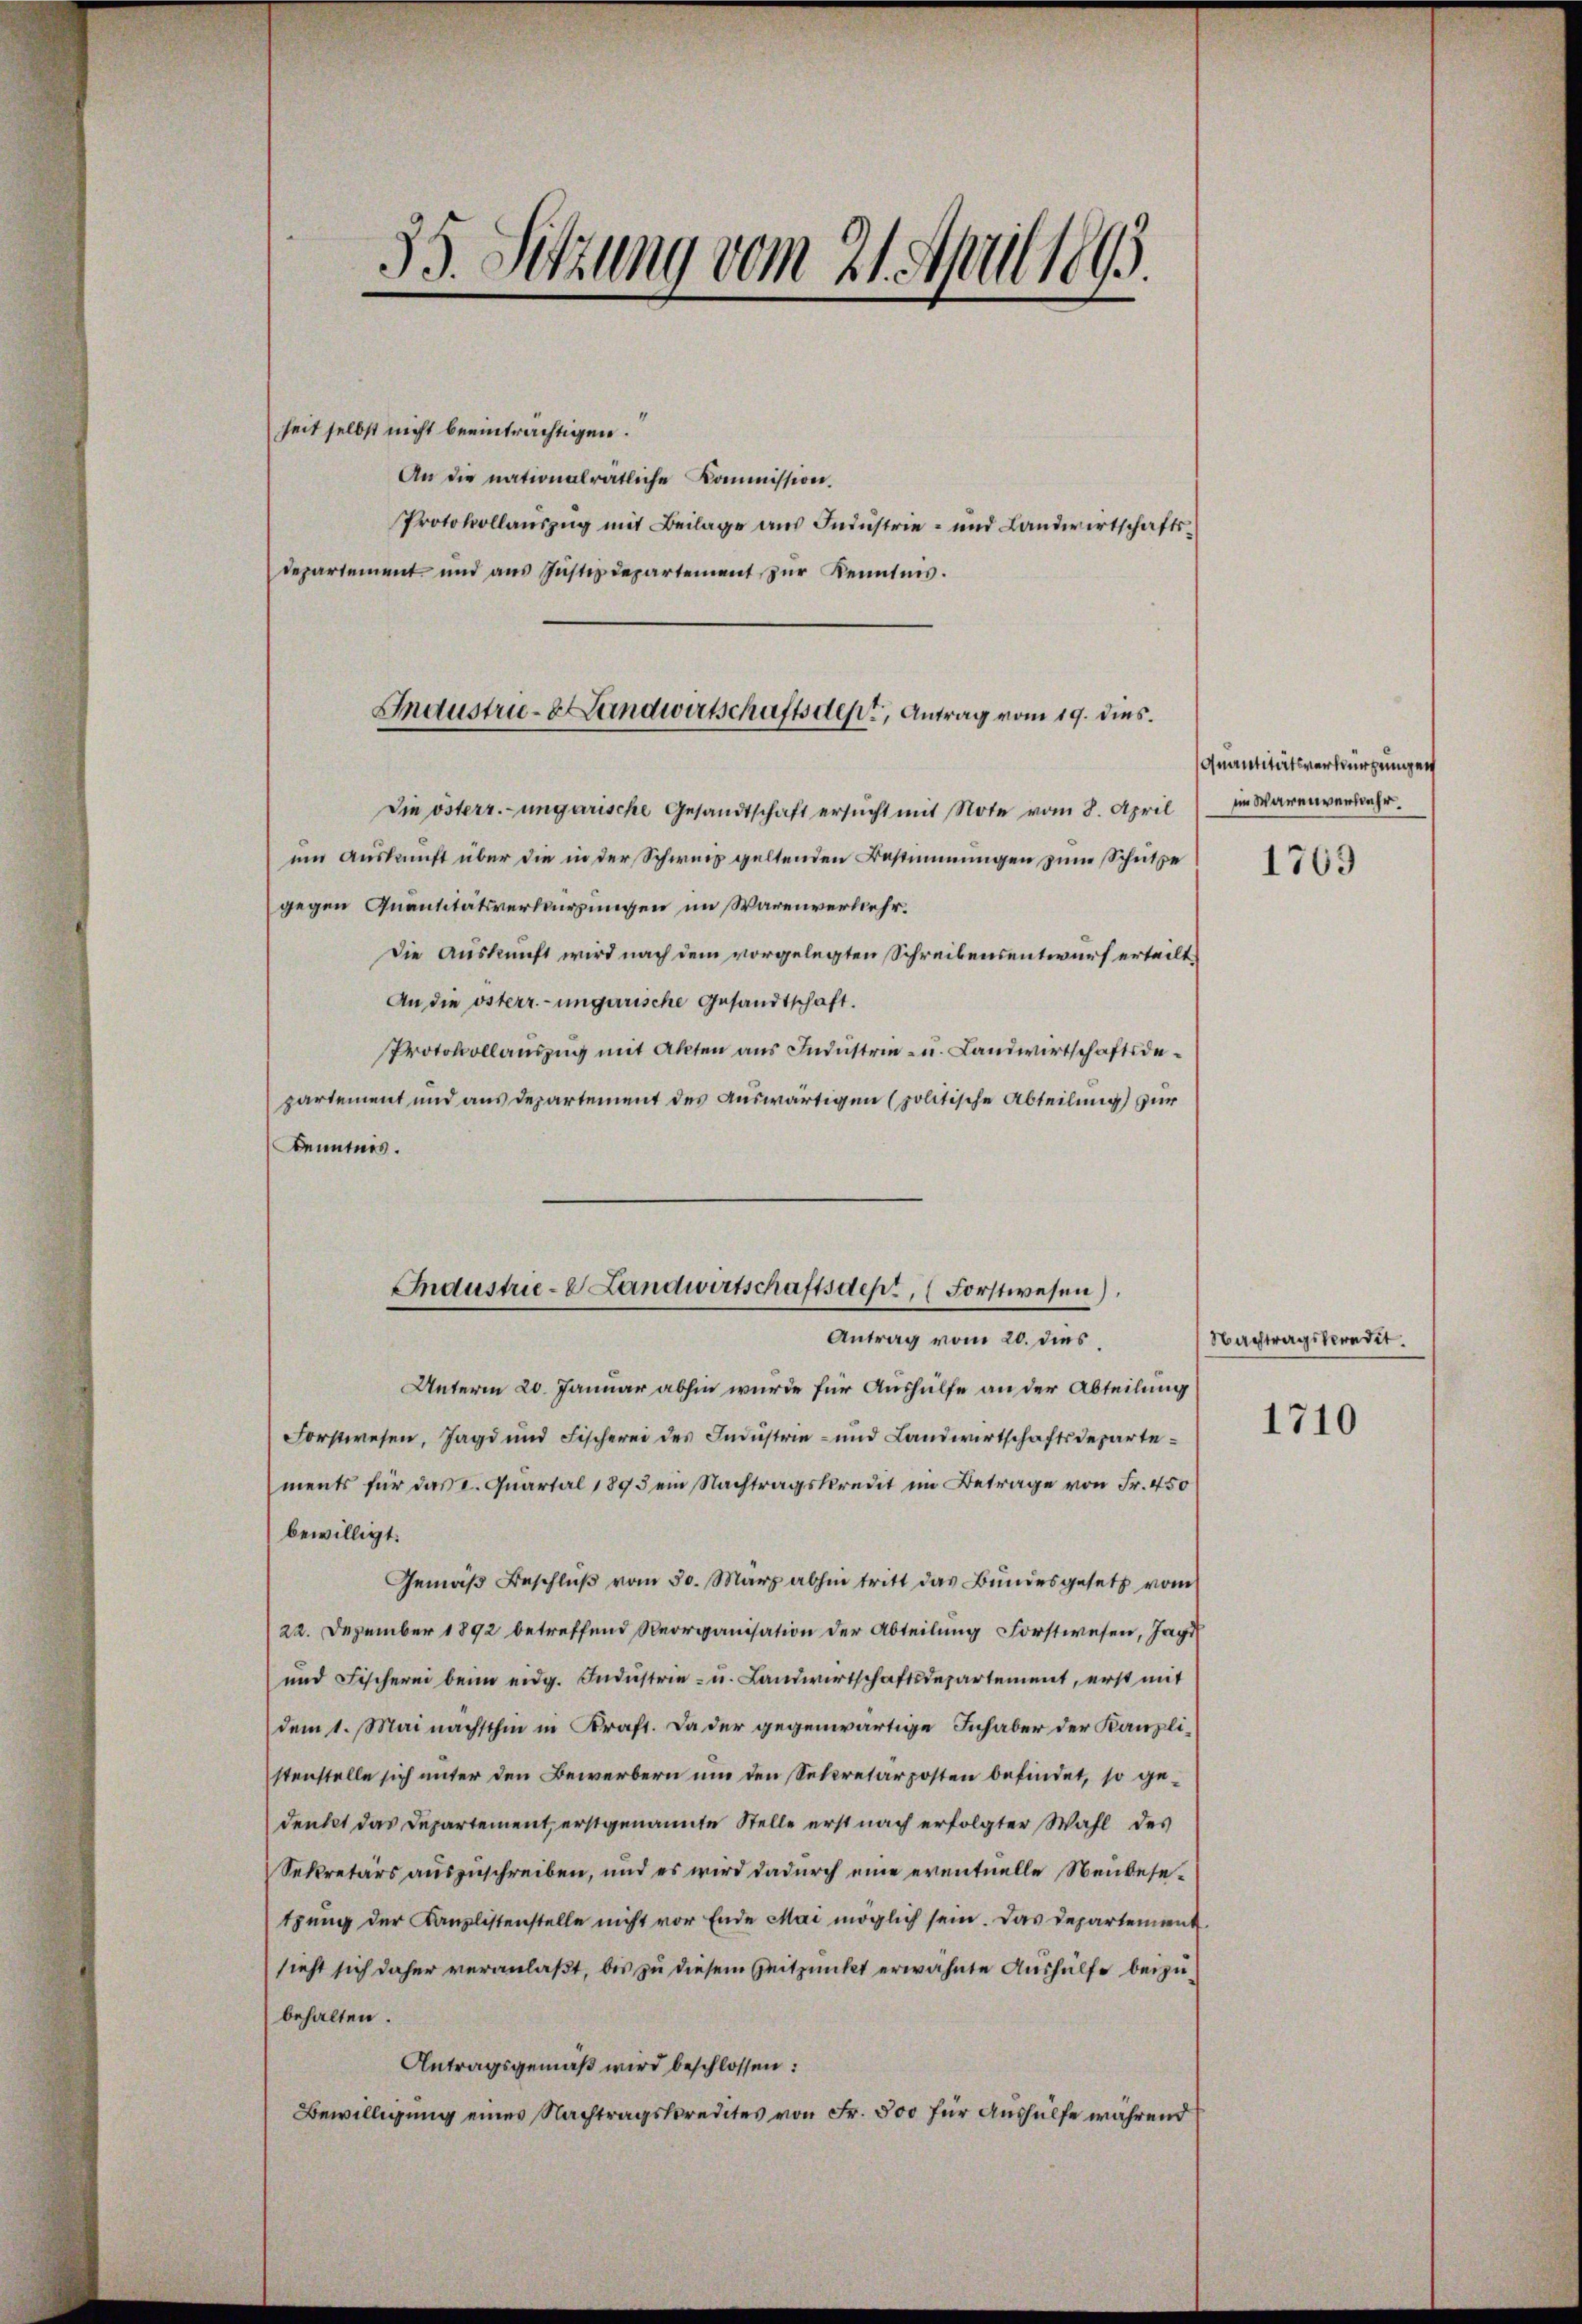
35. Sitzung vom 21. April 1893.

heit selbst nicht beeinträchtigen.
An die nationalrätliche Kommission.
Protokollauszug mit Beilage aus Industrie- und Landwirtschaftsdepartement und aŭs Jŭstizdepartement zŭr Kenntnis.

Die österr.-ungarische Gesandtschaft ersucht mit Note vom 8. April
ein Auskunft über die in der Schweiz geltenden Bestimmungen zum Schutze
gegen Quantitätsverkürzungen im Warenverkehr.
Die Auskunft wird nach dem vorgelegten Schreibensentwurf erteilt
An die österr.-ungarische Gesandtschaft.
Protokollauszug mit Akten aus Industrie- u. Landwirtschaftsdepartement und aus Departement des auswärtigen (politische Abteilung zur
Kenntnis.
Antrag vom 20. dies
Unterm 20. Januar abhin wurde für Aushülfe an der Abteilung
Forstwesen, Jagd und Fischerei des Industrie- und Landwirtschaftsdepartements für das L. Quartal 1895 ein Nachtragskredit im Betrage von Fr. 450
bewilligt.
Gemäß Beschluß vom 30. März abhin tritt das Bundesgesetz vom
22. Dezember 1892 betreffend Reorganisation der Abteilung Forstwesen, Tags
und Fischerei beim eidg. Indŭstrie- u. Landwirtschaftsdepartement, erst mit
dem 1. Mai nächsthin in Kraft. Da der gegenwärtige Inhaber der Kanzlistenstelle sich unter den Bewerbern um den Secretärposten befindet, so gedenket das Departement, erstgenannte Stelle erst nach erfolgter Wahl des
Sekretärs auszuschreiben, und es wird dadurch eine eventuelle Neubesetzung der Kanzlistenstelle nicht vor Ende Mai möglich sein. Das Departement.
sieht sich daher veranlaßt, bis zu diesem Zeitpunkt erwähnte Aushülfe beizubehalten.
Antragsgemäß wird beschlossen:
Bewilligung eines Nachtragskredites von Fr. 500 für Aushülfe während

Industrie-Landwirtschaftsdept, Antrag vom 19. dies.

Industrie- Landwirtschaftsdept, (Forstwesen)

Quantitätsverkürzungen
im Warenverkehr.

1769

Nachtragskredit.

1710